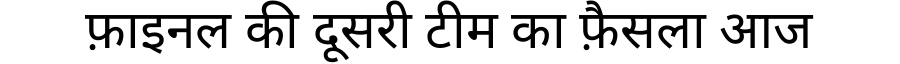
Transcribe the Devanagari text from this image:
फ़ाइनल की दूसरी टीम का फ़ैसला आज